Vaccination in Burma 1920-1933 - 1920-1933
Year: 1920
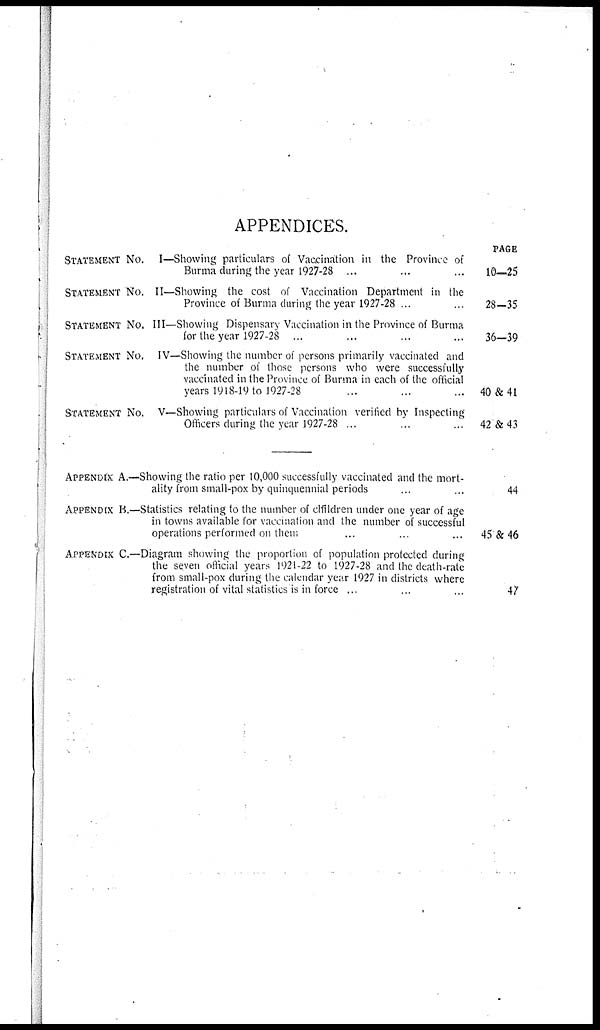
APPENDICES.
STATEMENT No. I—Showing particulars of Vaccination in the Province of
Burma during the year 1927-28 ... ... ...
STATEMENT No. II—Showing the cost of Vaccination Department in the
Province of Burma during the year 1927-28 ... ...
STATEMENT No. III—Showing Dispensary Vaccination in the Province of Burma
for the year 1927-28 ... ... ... ...
STATEMENT No. IV—Showing the number of persons primarily vaccinated and
the number of those persons who were successfully
vaccinated in the Province of Burma in each of the official
years 1918-19 to 1927-28 ... ... ... ...
STATEMENT No. V—Showing particulars of Vaccination verified by Inspecting
Officers during the year 1927-28 ... ... ...
APPENDIX A. —Showing the ratio per 10,000 successfully vaccinated and the mort-
ality from small-pox by quinquennial periods ... ...
APPENDIX B.—Statistics relating to the number of children under one year of age
in towns available for vaccination and the number of successful
operations performed on their ... ... ...
APPENDIX C.—Diagram showing the proportion of population protected during
the seven official years 1921-22 to 1927-28 and the death-rate
from small-pox during the calendar year 1927 in districts where
registration of vital statistics is in force ... ... ...
PAGE
10—25
28—35
36—39
40&41
42 & 43
44
45 & 46
47